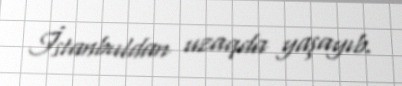
İstanbuldan uzaqda yaşayıb.